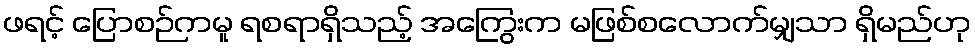
ဖရင့် ပြောစဉ်ကမူ ရစရာရှိသည့် အကြွေးက မဖြစ်စလောက်မျှသာ ရှိမည်ဟု